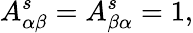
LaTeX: A_{\alpha\beta}^{s}=A_{\beta\alpha}^{s}=1,